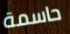
حاسمة